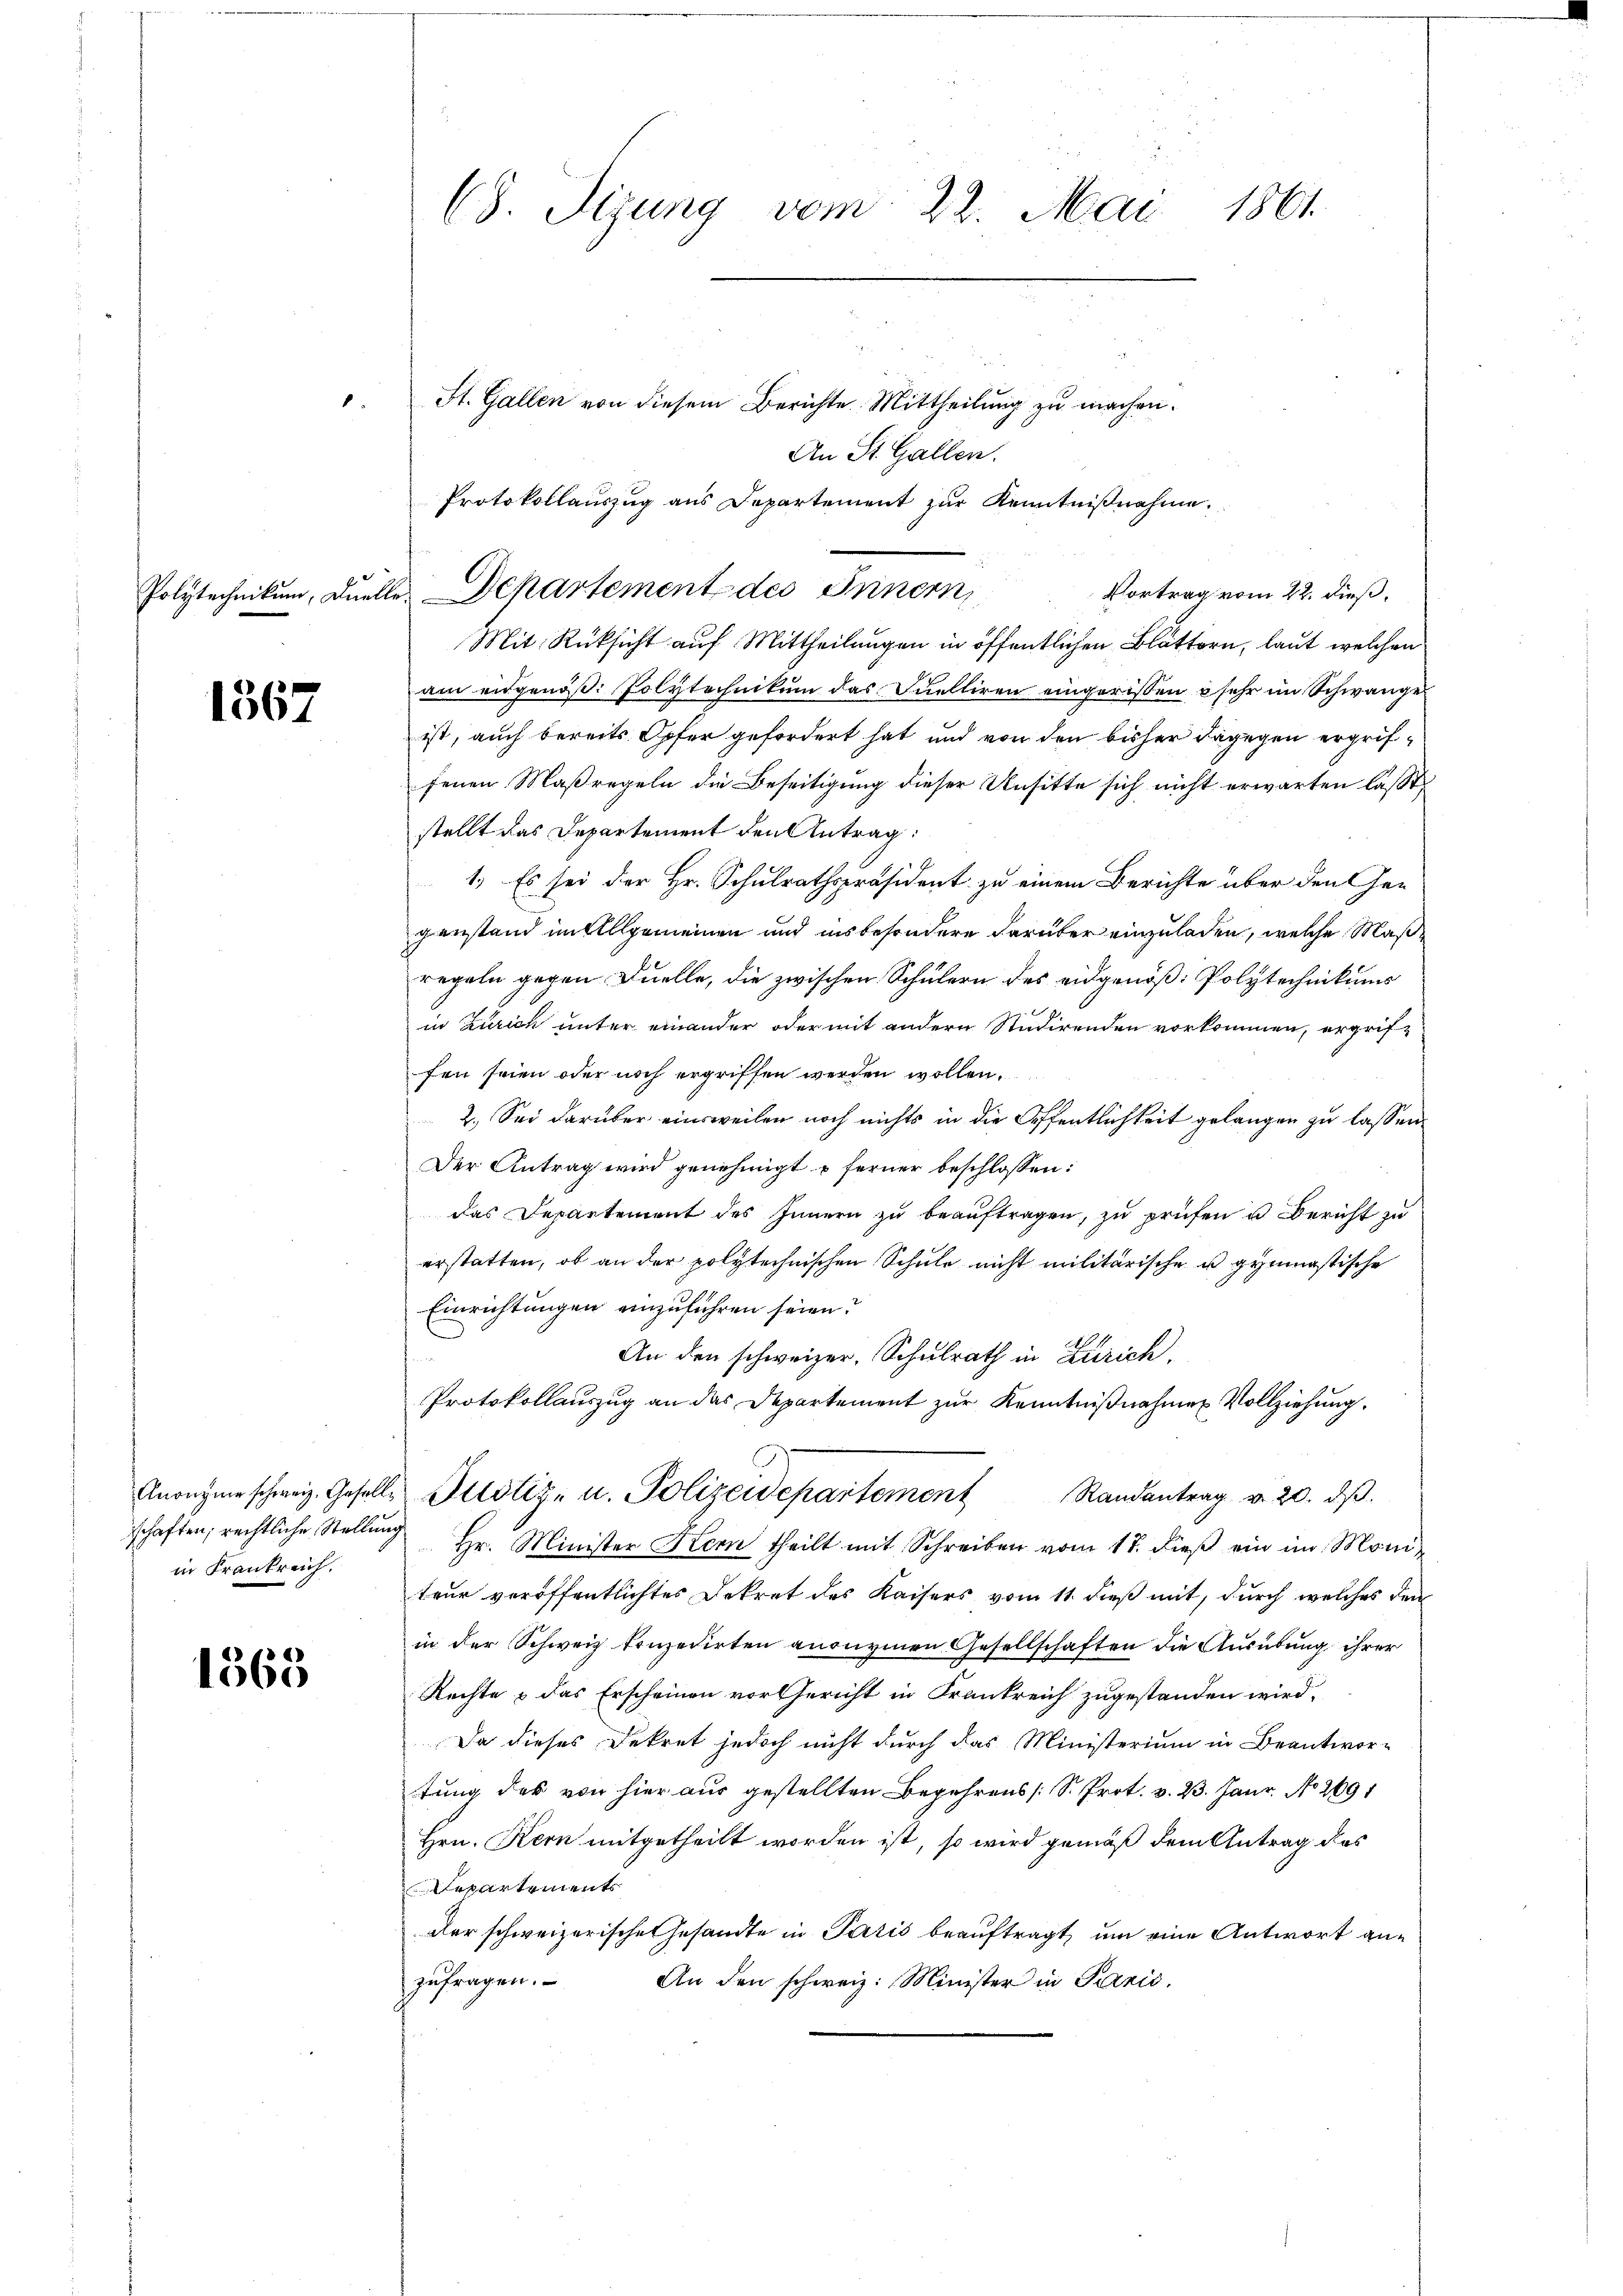
1567

in Frankreich.

1363

1.

(8. Sizung vom 22. Mai 1861.

St. Gallen von diesem Berichte. Mittheilung zu machen.
An St. Gallen.
Protokollauszug aus Departement zur Kenntnißnahme.
Mit Rüksicht auf Mittheilungen in öffentlichen Blättern, laut welchen
am eidgenöß: Polytechnikum das Quelliren eingerissen sehr im Schwangeist, auch bereits Opfer gefordert hat und von den bisher dagegen ergriffenen Maßregeln die Beseitigung dieser Unsitte sich nicht erwarten lasst,
stellt das Departement den Antrag:
1.) Es sei der Hr. Schulrathspräsident zu einem Berichte über den Gegenstand im Allgemeinen und insbesondere darüber einzuladen, welche Maßregeln gegen Duelle, die zwischen Schülern des eidgenöß: Polytechnikums
in Zürich unter einander oder mit andern Studirenden vorkommen, ergriffen seien oder noch ergriffen werden wollen.
2. Sei darüber einsweilen noch nichts in die Oeffentlichkeit gelangen zu lassen.
Der Antrag wird genehmigt u ferner beschlossen:
das Departement des Innern zu beauftragen, zu prüfen u. Bericht zu
erstatten, ob an der polytechnischen Schule nicht militärische u gymnastische
Einrichtungen einzuführen seien?
An den schweizer, Schulrath in Zürich.
Protokollauszug an das Departement zur Kenntnißnahmen Vollziehung.
Anonyme schweiz. Geselle Altstiz- u. Polizeidepartement Randantrag v. 20. dβ.
schaften, rechtliche Stellŭng Hr. Minister Korn theilt mit Schreiben vom 17. dieβ ein im Moni
teur veröffentlichtes Dekret des Kaisers vom 11. dieß mit, durch welches den
in der Schweiz konzedirten anonymen Gesellschaften die Ausübung ihrer
Rechte & das Erscheinen vor Gericht in Frankreich zugestanden wird,
Da dieses Dekret jedoch nicht durch das Ministerium in Beantwor-
tung des von hier aus gestellten Begehrens [S. Prot. v. 23. Janr. No 2691
Hrn. Kern mitgetheilt worden ist, so wird gemäß dem Antrag das
Departements
der schweizerische Gesandte in Paris beauftragt, um eine Antwort an¬
An den schweiz. Minister in Panić,
zufragen.

Polytechnikum, Duelle Departement des Innern,

Vortrag vom 22. dieß,